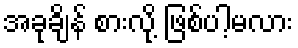
အခုချိန် စားလို့ ဖြစ်ပါ့မလား